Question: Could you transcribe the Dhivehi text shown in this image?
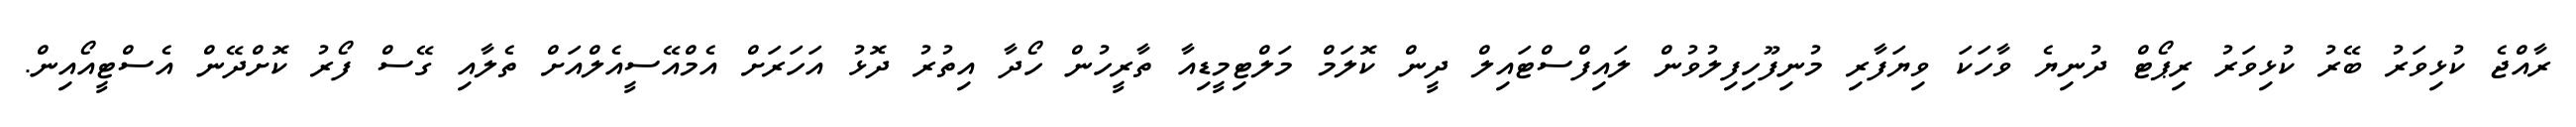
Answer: ރާއްޖެ ކުޅިވަރު ބޭރު ކުޅިވަރު ރިޕޯޓް ދުނިޔެ ވާހަކަ ވިޔަފާރި މުނިފޫހިފިލުވުން ލައިފްސްޓައިލް ދީން ކޮލަމް މަލްޓިމީޑިއާ ތާރީހުން ހޯދާ އިތުރު ދޮޅު އަހަރަށް އެމްއޭސީއެލްއަށް ތެލާއި ގޭސް ފޯރު ކޮށްދޭން އެސްޓީއޯއިން.